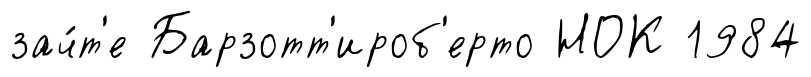
зач́т'е Барзотт'ироб'ерто НОК 1984